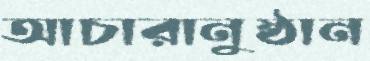
আচারানুষ্ঠান